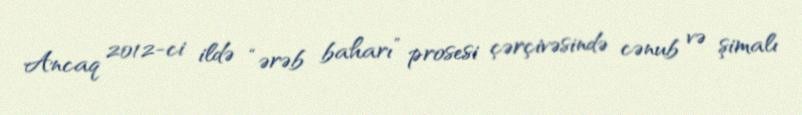
Ancaq 2012-ci ildə “ərəb baharı” prosesi çərçivəsində cənub və şimalı